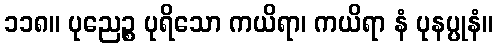
၁၁၈။ ပုညေဉ္စ ပုရိသော ကယိရာ၊ ကယိရာ နံ ပုနပ္ပုနံ။